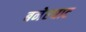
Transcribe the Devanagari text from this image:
बनेरघाट